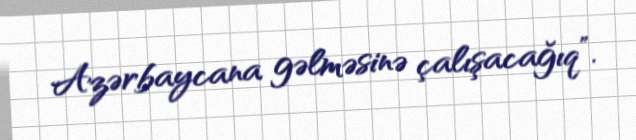
Azərbaycana gəlməsinə çalışacağıq”.